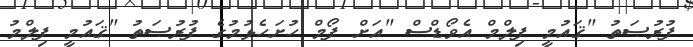
ފުރުޞަތު "ޤައުމީ ފިލްމް އެވޯޑްސް "އަށް ފޯމް ހުށަހެޅުމުގެ ފުރުޞަތު "ޤައުމީ ފިލްމު